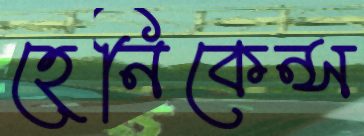
হেনিকেন্স